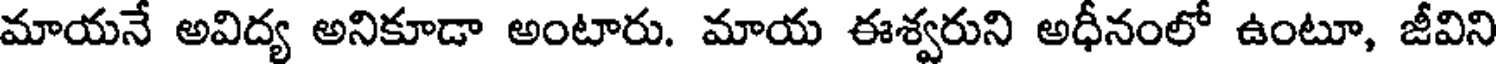
మాయనే అవిద్య అనికూడా అంటారు. మాయ ఈశ్వరుని అధీనంలో ఉంటూ, జీవిని